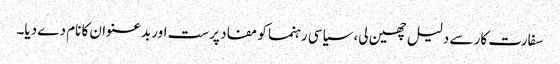
سفارت کار سے دلیل چھین لی، سیاسی رہنما کو مفاد پرست اور بدعنوان کا نام دے دیا۔